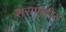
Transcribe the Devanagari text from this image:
शराफुद्दीन